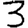
Digit: 3